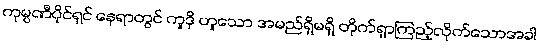
ကုမ္ပဏီပိုင်ရှင် နေရာတွင် ကူဒို ဟူသော အမည်ရှိမရှိ တိုက်ရှာကြည့်လိုက်သောအခါ